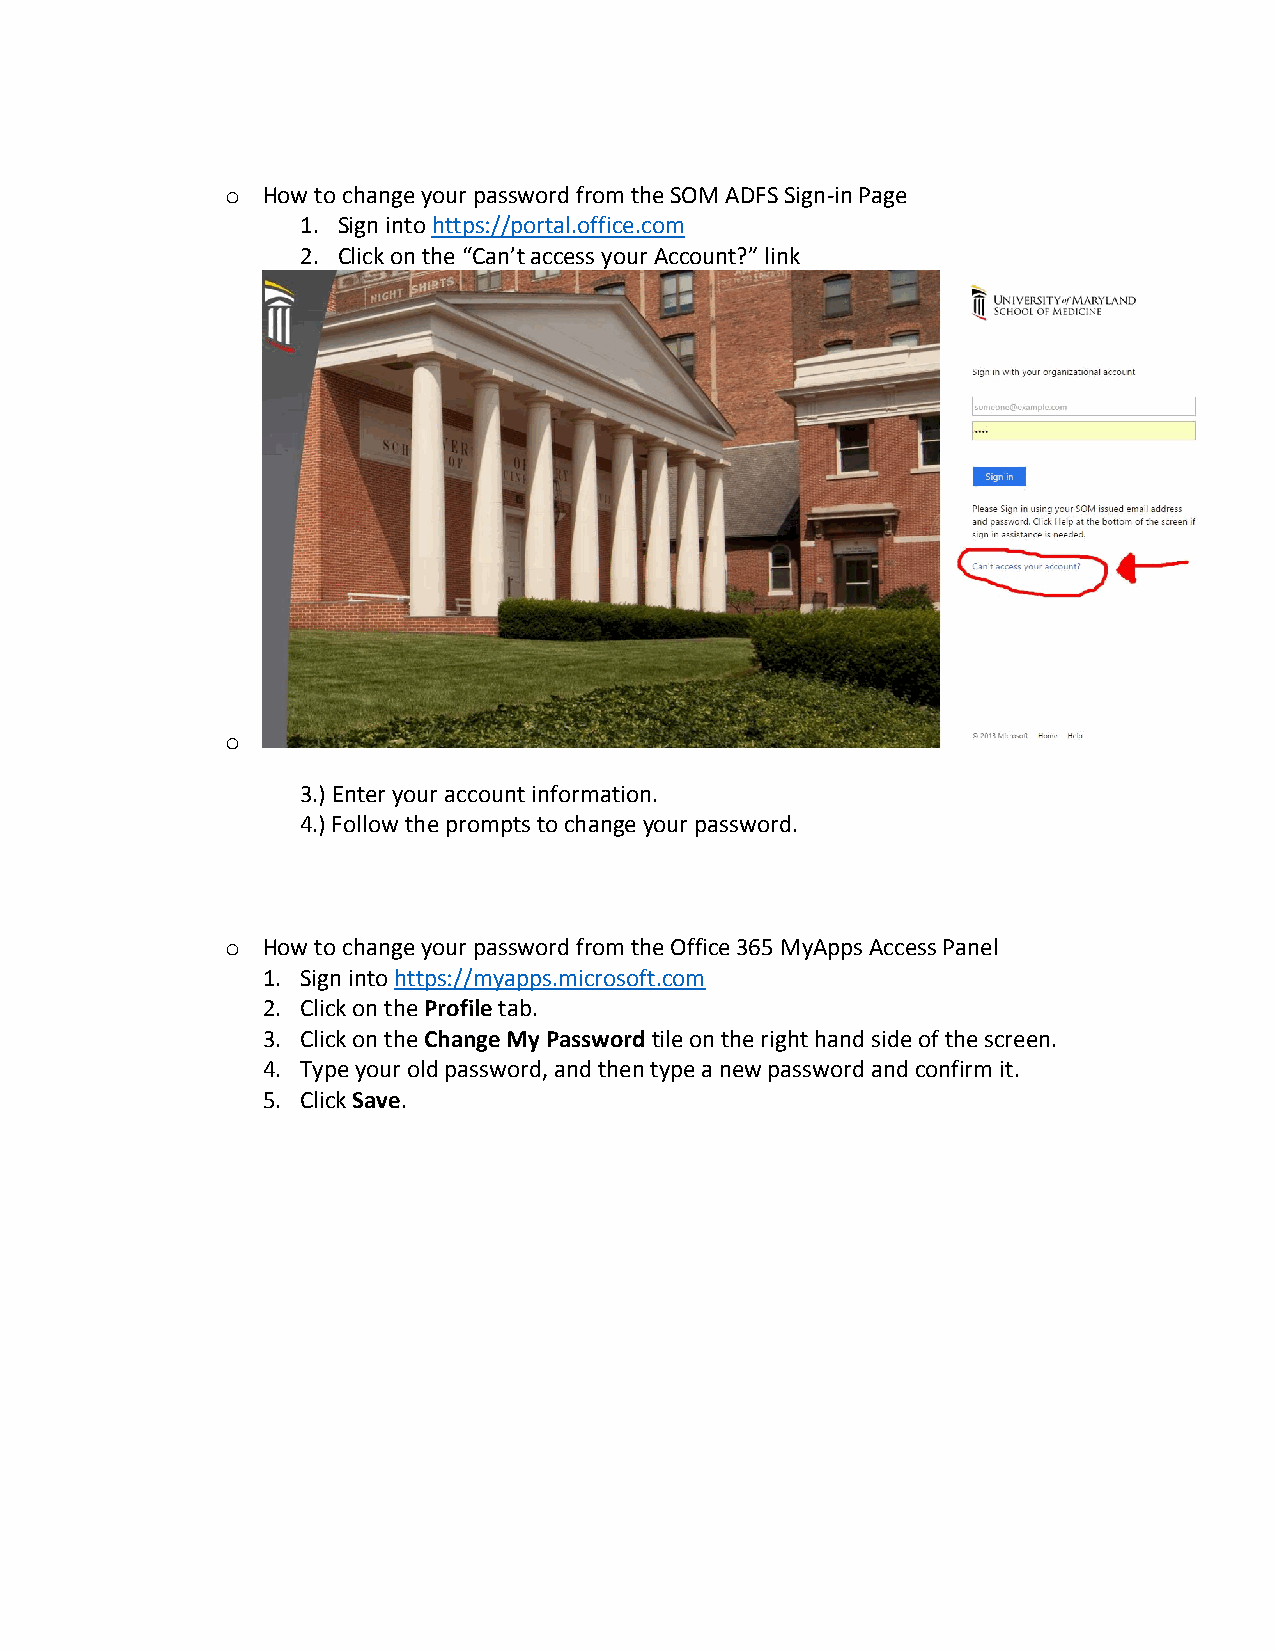
o How to change your password from the SOM ADFS Sign-in Page
 1. Sign into https://portal.office.com
 2. Click on the “Can’t access your Account?” link
 o
 3.) Enter your account information.
 4.) Follow the prompts to change your password.
 o How to change your password from the Office 365 MyApps Access Panel
 1. Sign into https://myapps.microsoft.com
 2. Click on the Profile tab.
 3. Click on the Change My Password tile on the right hand side of the screen.
 4. Type your old password, and then type a new password and confirm it.
 5. Click Save.